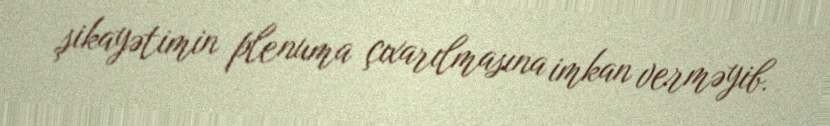
şikayətimin plenuma çıxarılmasına imkan verməyib.